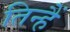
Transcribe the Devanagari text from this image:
तिन्‍हैं